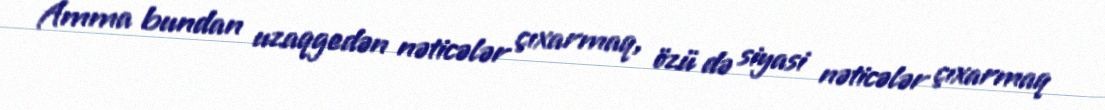
Amma bundan uzaqgedən nəticələr çıxarmaq, özü də siyasi nəticələr çıxarmaq